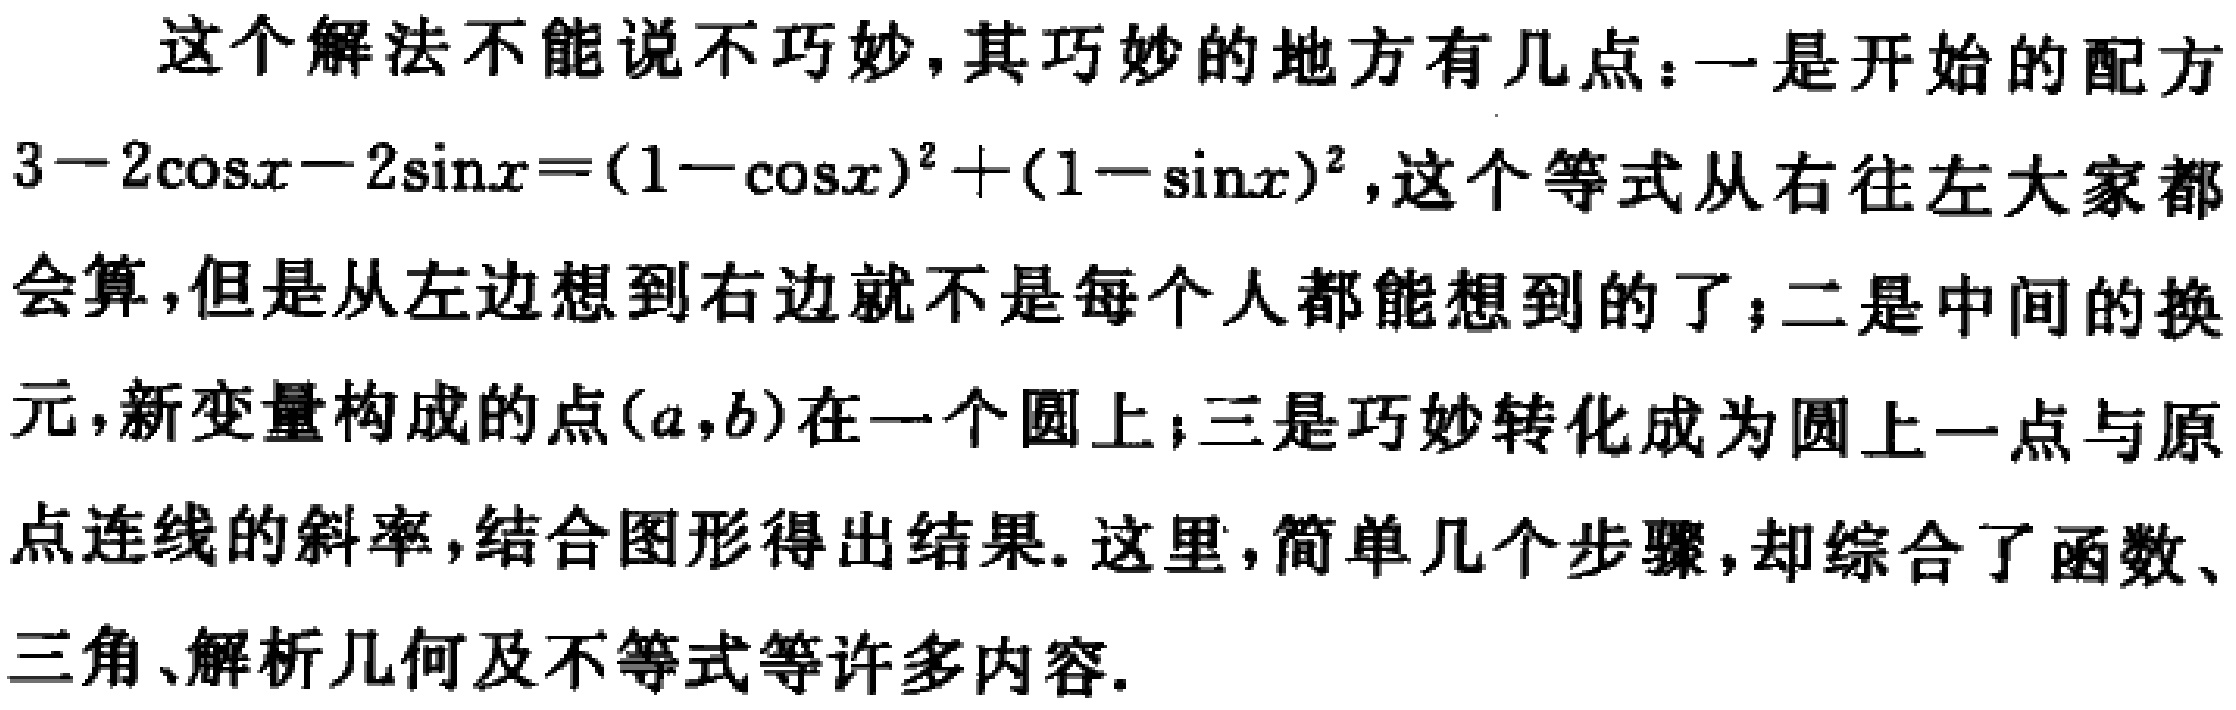
这个解法不能说不巧妙,其巧妙的地方有几点：一是开始的配方

\(3 - 2\cos x - 2\sin x = (1 - \cos x)^2 + (1 - \sin x)^2\),这个等式从右往左大家都

会算,但是从左边想到右边就不是每个人都能想到的了；二是中间的换

元,新变量构成的点\((a,b)\)在一个圆上；三是巧妙转化成为圆上一点与原

点连线的斜率,结合图形得出结果. 这里,简单几个步骤,却综合了函数、

三角、解析几何及不等式等许多内容.